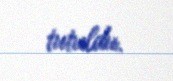
tutuldu.